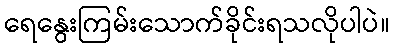
ရေနွေးကြမ်းသောက်ခိုင်းရသလိုပါပဲ။